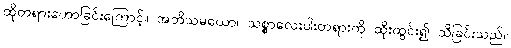
ထိုတရားဟောခြင်းကြောင့်။ အဘိသမယော၊ သစ္စာလေးပါးတရားကို ထိုးထွင်း၍ သိခြင်းသည်။